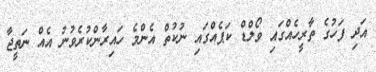
އަދި ފަހުގެ ތާރީހެއްގައި ވޯލްޑް ކަޕެއްގައި ނުކުތް އެންމެ ހައިރާންކުރެވުނު އެއް ނަތީޖާ